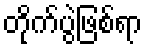
တိုက်ပွဲဖြစ်ရာ